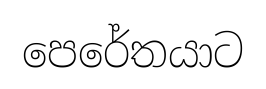
පෙරේතයාට